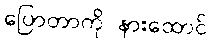
ပြောတာကို နားထောင်